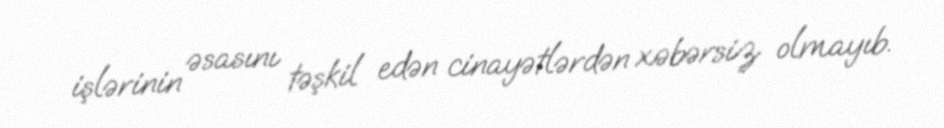
işlərinin əsasını təşkil edən cinayətlərdən xəbərsiz olmayıb.